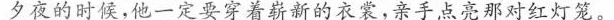
夕夜的时候，他一定要穿着崭新的衣裳，亲手点亮那对红灯笼。